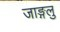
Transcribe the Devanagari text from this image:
जाङ्गलु